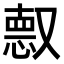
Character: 𫩈